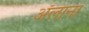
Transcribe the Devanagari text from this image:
ॲलाना